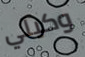
وكيلي